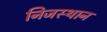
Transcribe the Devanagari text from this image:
निजस्थान